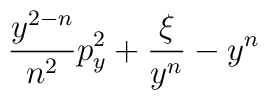
\!\! \frac{y^{2-n}}{n^{2}} p_y^2 + \frac{\xi}{y^n} - y^n \!\!